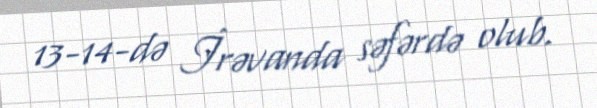
13-14-də İrəvanda səfərdə olub.